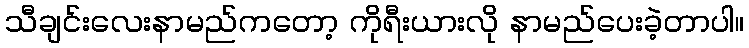
သီချင်းလေးနာမည်ကတော့ ကိုရီးယားလို နာမည်ပေးခဲ့တာပါ။